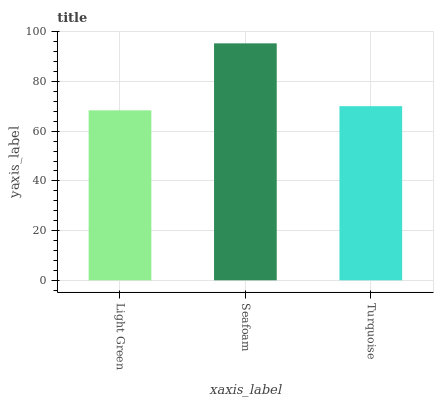
| xaxis_label | bars |
 | --- | --- |
 | Light Green | 68.4 |
 | Seafoam | 95.4 |
 | Turquoise | 70.1 |